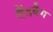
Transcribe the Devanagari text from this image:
सैंडबैग